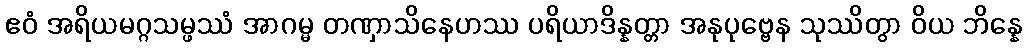
ဧဝံ အရိယမဂ္ဂသမ္ဖဿံ အာဂမ္မ တဏှာသိနေဟဿ ပရိယာဒိန္နတ္တာ အနုပုဗ္ဗေန သုဿိတွာ ဝိယ ဘိန္နေ